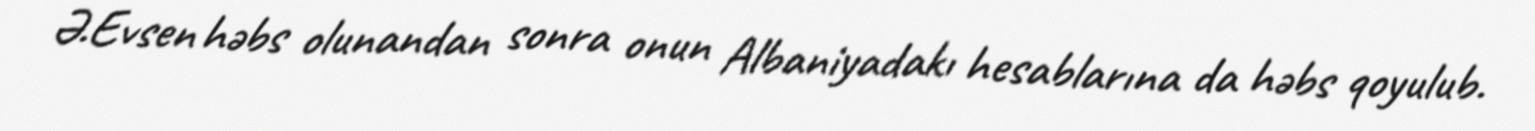
Ə.Evsen həbs olunandan sonra onun Albaniyadakı hesablarına da həbs qoyulub.